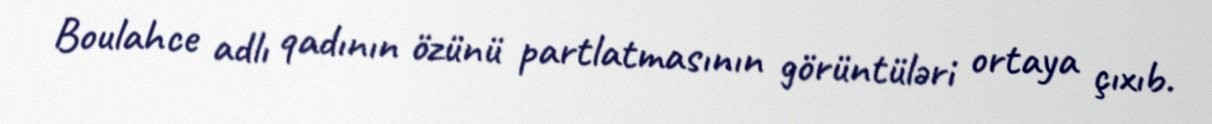
Boulahce adlı qadının özünü partlatmasının görüntüləri ortaya çıxıb.